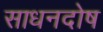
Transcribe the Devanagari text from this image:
साधनदोष